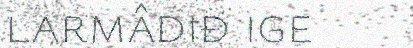
larmâdiđ ige